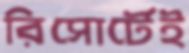
রিসোর্টেই